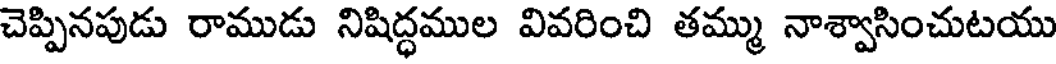
చెప్పినపుడు రాముడు నిషిద్ధముల వివరించి తమ్ము నాశ్వాసించుటయు